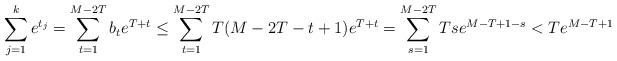
LaTeX: \begin{align*} \sum_{j=1}^k e^{t_j} = \sum_{t=1}^{M-2T}b_te^{T+t} \leq \sum_{t=1}^{M-2T}T(M-2T-t+1)e^{T+t} = \sum_{s=1}^{M-2T}Tse^{M-T+1-s} < Te^{M-T+1}\end{align*}